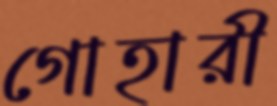
গোহারী